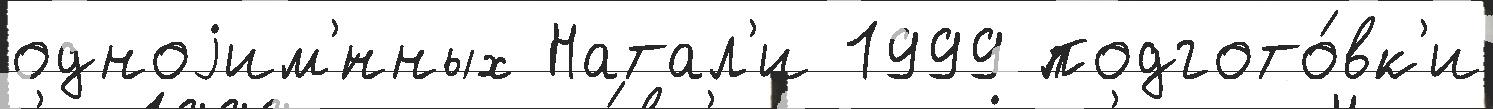
одноjим'́нных Натал'и 1999 подгото́вк'и